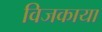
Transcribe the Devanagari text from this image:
विजकाया